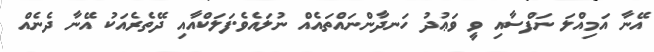
އޭނާ އަމިއްލަ ނަފްސާއި ވީ ވަޢުދު ހަނދާންނައްތައެއް ނުލައެވެ.ފަލަކްއާއި ދޭތެރެއަކު އޭނާ ދެނެއް